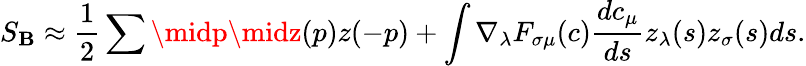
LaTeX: S_{\mathbf{B}}\approx\frac{{1}}{{2}}\sum\midp\midz(p)z(-p)+\int\nabla_{\lambda}F_{\sigma\mu}(c)\frac{{dc_{\mu}}}{{ds}}z_{\lambda}(s)z_{\sigma}(s)ds.